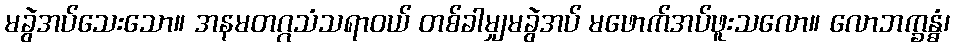
မခွဲအပ်သေးသော။ အနမတဂ္ဂသံသရာဝယ် တစ်ခါမျှမခွဲအပ် မဖောက်အပ်ဖူးသလော။ လောဘက္ခန္ဓံ၊